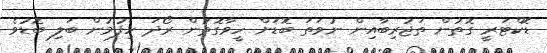
ޑޮކްޓަރީ ގޮތުން ތަޖުރިބާއިން ނުވަތަ ބޮޑަށް ހީވާގޮތުން ރޯދަ ހިފުމުން ބަލި ބޮޑުވެ